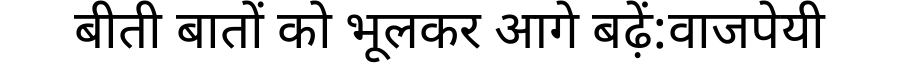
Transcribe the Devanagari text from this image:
बीती बातों को भूलकर आगे बढ़ें:वाजपेयी